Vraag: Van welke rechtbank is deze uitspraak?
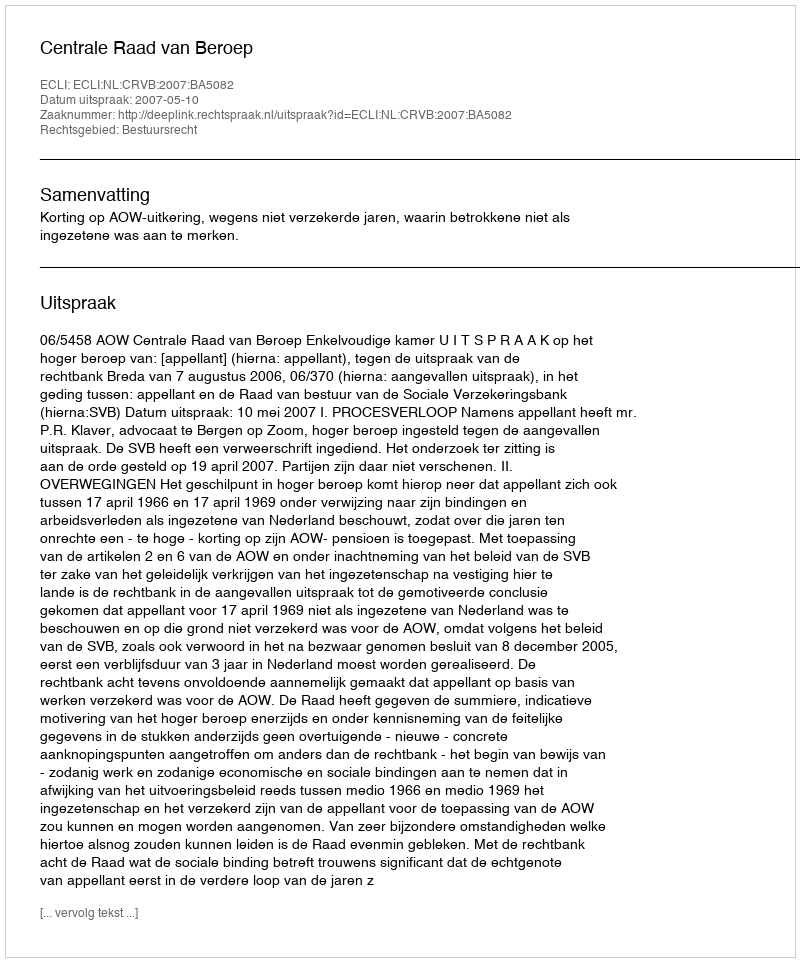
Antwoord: Centrale Raad van Beroep